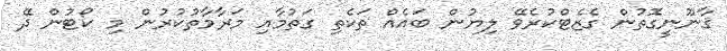
ޤާނޫނީގޮތުން ގެޒެޓްކުރެވޭ ލިޔުން ބައެއް ތަކެތި ގަތުމާއި މަރާމާތުކުރުން މި ކޯޓުން ދޭ